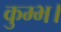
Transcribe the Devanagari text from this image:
कुम्भ।